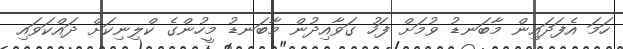
ހަމަ އެފަދައިން މާބަނޑު ވުމަށް ފަހު ގަވާއިދުން މާބަނޑު މީހުންގެ ކްލިނިކަށް ދައްކަވައި